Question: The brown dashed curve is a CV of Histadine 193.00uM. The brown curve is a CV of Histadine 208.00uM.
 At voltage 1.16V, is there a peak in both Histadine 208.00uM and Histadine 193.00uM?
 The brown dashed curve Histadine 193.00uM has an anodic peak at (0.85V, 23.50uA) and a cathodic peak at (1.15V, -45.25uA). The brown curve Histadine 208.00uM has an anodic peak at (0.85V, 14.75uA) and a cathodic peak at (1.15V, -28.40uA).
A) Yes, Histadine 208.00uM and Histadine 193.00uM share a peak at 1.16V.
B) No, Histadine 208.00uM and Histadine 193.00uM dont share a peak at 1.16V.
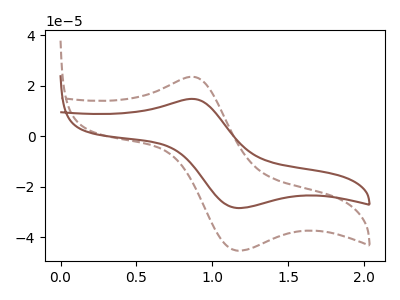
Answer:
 <answer>A) Yes, "Histadine 208.00uM" and "Histadine 193.00uM" share a peak at 1.16V.</answer>
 <eval>A</eval>